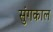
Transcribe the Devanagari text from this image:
सुंगकाल